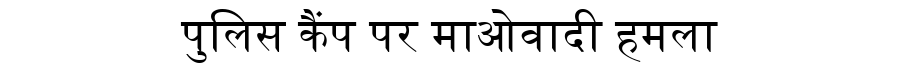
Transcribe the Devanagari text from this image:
पुलिस कैंप पर माओवादी हमला